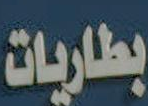
بطاريات